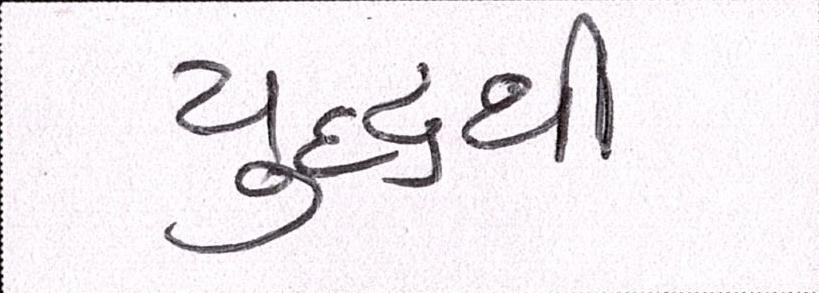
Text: યુદ્ધથી